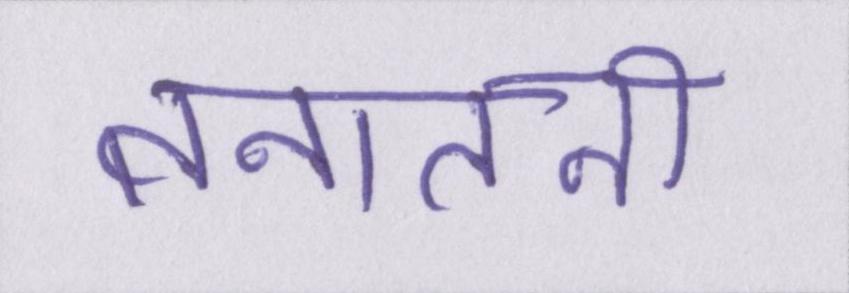
तनातनी